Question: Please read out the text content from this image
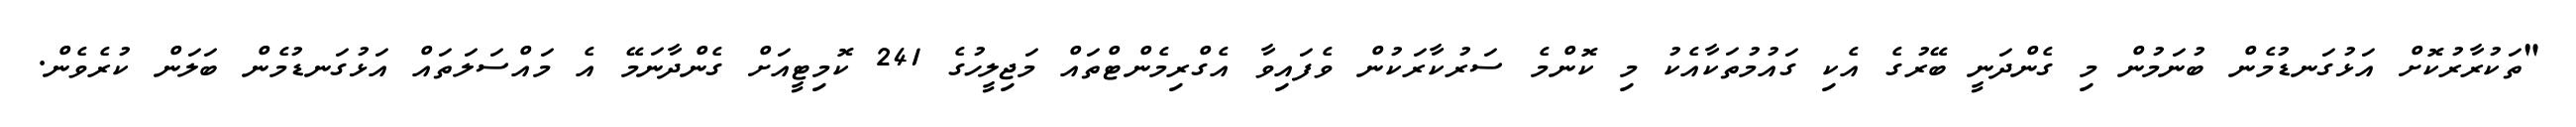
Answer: "ތަކުރާރުކޮށް އަޅުގަނޑުމެން ބުނަމުން މި ގެންދަނީ ބޭރުގެ އެކި ގައުމުތަކާއެކު މި ކޮންމެ ސަރުކާރަކުން ވެފައިވާ އެގްރިމެންޓްތައް މަޖިލީހުގެ 241 ކޮމިޓީއަށް ގެންދާނަމޭ އެ މައްސަލަތައް އަޅުގަނޑުމެން ބަލަން ކުރެވެން.